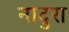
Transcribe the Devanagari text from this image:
नादुरा